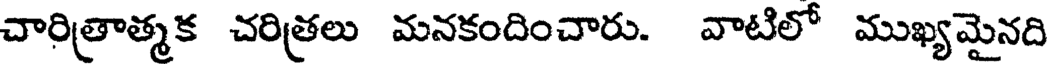
చారిత్రాత్మక చరిత్రలు మనకందించారు. వాటిలో ముఖ్యమైనది